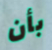
بأن